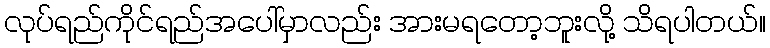
လုပ်ရည်ကိုင်ရည်အပေါ်မှာလည်း အားမရတော့ဘူးလို့ သိရပါတယ်။